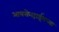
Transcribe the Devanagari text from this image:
आयसेनहाईमच्या